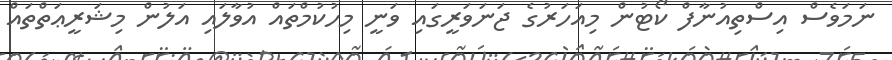
ނަމަވެސް އިސްތިއުނާފް ކޯޓުން މިއަހަރުގެ ޖަނަވަރީގައި ވަނީ މިހުކުމްތައް އުވާލައި އަލުން މިޝަރީޢަތްތައް